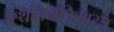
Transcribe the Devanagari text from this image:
स्थितिगतिशास्त्र